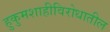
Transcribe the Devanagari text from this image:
हुकुमशाहीविरोधातील